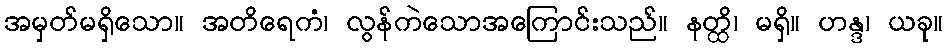
အမှတ်မရှိသော။ အတိရေကံ၊ လွန်ကဲသောအကြောင်းသည်။ နတ္ထိ၊ မရှိ။ ဟန္ဒ၊ ယခု။